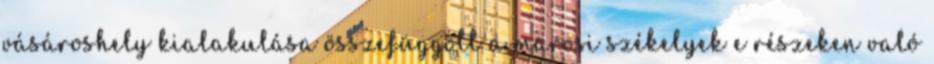
vásároshely kialakulása összefüggött a marosi székelyek e részeken való